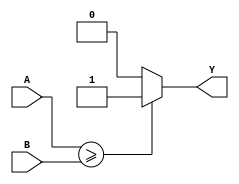
module GTEComparator (
    input [31:0] A,
    input [31:0] B,
    output reg Y
);

always @* begin
    if (A >= B) begin
        Y = 1; // A is greater than or equal to B
    end
    else begin
        Y = 0; // A is less than B
    end
end

endmodule